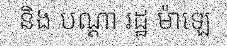
និង បណ្តា រដ្ឋ ម៉ាឡេ